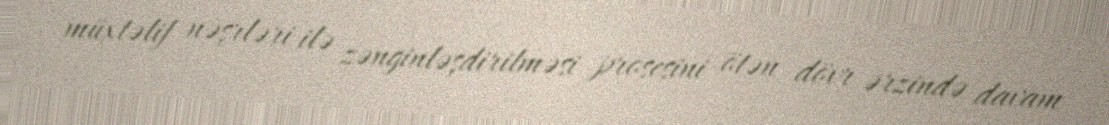
müxtəlif nəşrləri ilə zənginləşdirilməsi prosesini ötən dövr ərzində davam